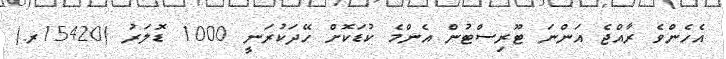
އެހެންވެ ރާއްޖެ އަންނަ ޓޫރިސްޓުން އެންމެ ކުޑަކޮށް ހޭދަކުރަނީ 1000 ޑޮލަރު (15420ރ.)